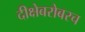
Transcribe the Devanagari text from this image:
दीक्षेबरोबरच